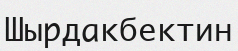
Шырдакбектин